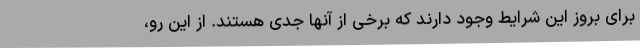
برای بروز این شرایط وجود دارند که برخی از آنها جدی هستند. از این رو،